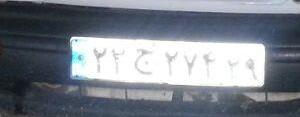
۲۲ج۲۷۴۲۹